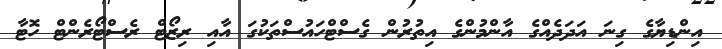
އިންޑިޔާގެ ގިނަ އަދަދެއްގެ އާންމުންގެ އިތުރުން ގެސްޓްހައުސްތަކުގަ އާއި ރިޒޯޓް ރެސްޓޯރެންޓް ހޮޓާ